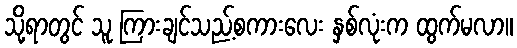
သို့ရာတွင် သူ ကြားချင်သည့်စကားလေး နှစ်လုံးက ထွက်မလာ။